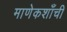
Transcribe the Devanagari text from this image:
माणेकशाँची